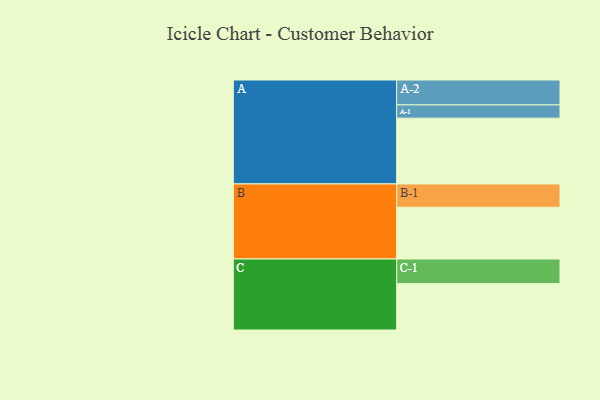
{"axis": {"x": "Segment", "y": "Value"}, "legend": ["", "A", "B", "C"], "data": [{"x": "A", "y": 491, "type": ""}, {"x": "B", "y": 386, "type": ""}, {"x": "C", "y": 346, "type": ""}, {"x": "A-1", "y": 99, "type": "A"}, {"x": "A-2", "y": 186, "type": "A"}, {"x": "B-1", "y": 174, "type": "B"}, {"x": "C-1", "y": 184, "type": "C"}]}